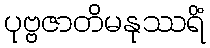
ပုဗ္ဗဇာတိမနုဿရိံ